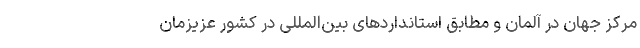
مرکز جهان در آلمان و مطابق استانداردهای بین‌المللی در کشور عزیزمان